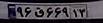
۹۶ق۶۶۹۱۳